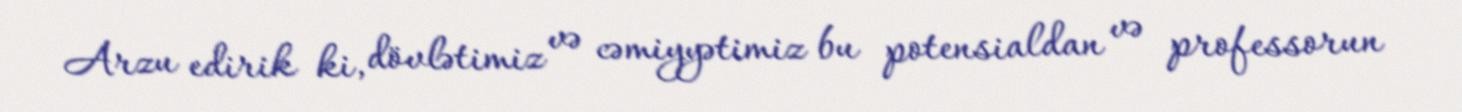
Arzu edirik ki, dövlətimiz və cəmiyyətimiz bu potensialdan və professorun